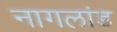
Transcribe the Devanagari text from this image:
नागलांड